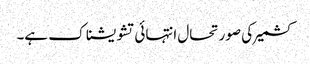
کشمیر کی صورتحال انتہائی تشویشناک ہے۔